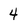
Character: 4